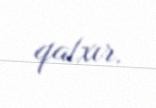
qalxır.